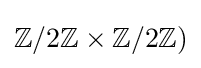
\mathbb {Z} /2\mathbb {Z} \times \mathbb {Z} /2\mathbb {Z} )